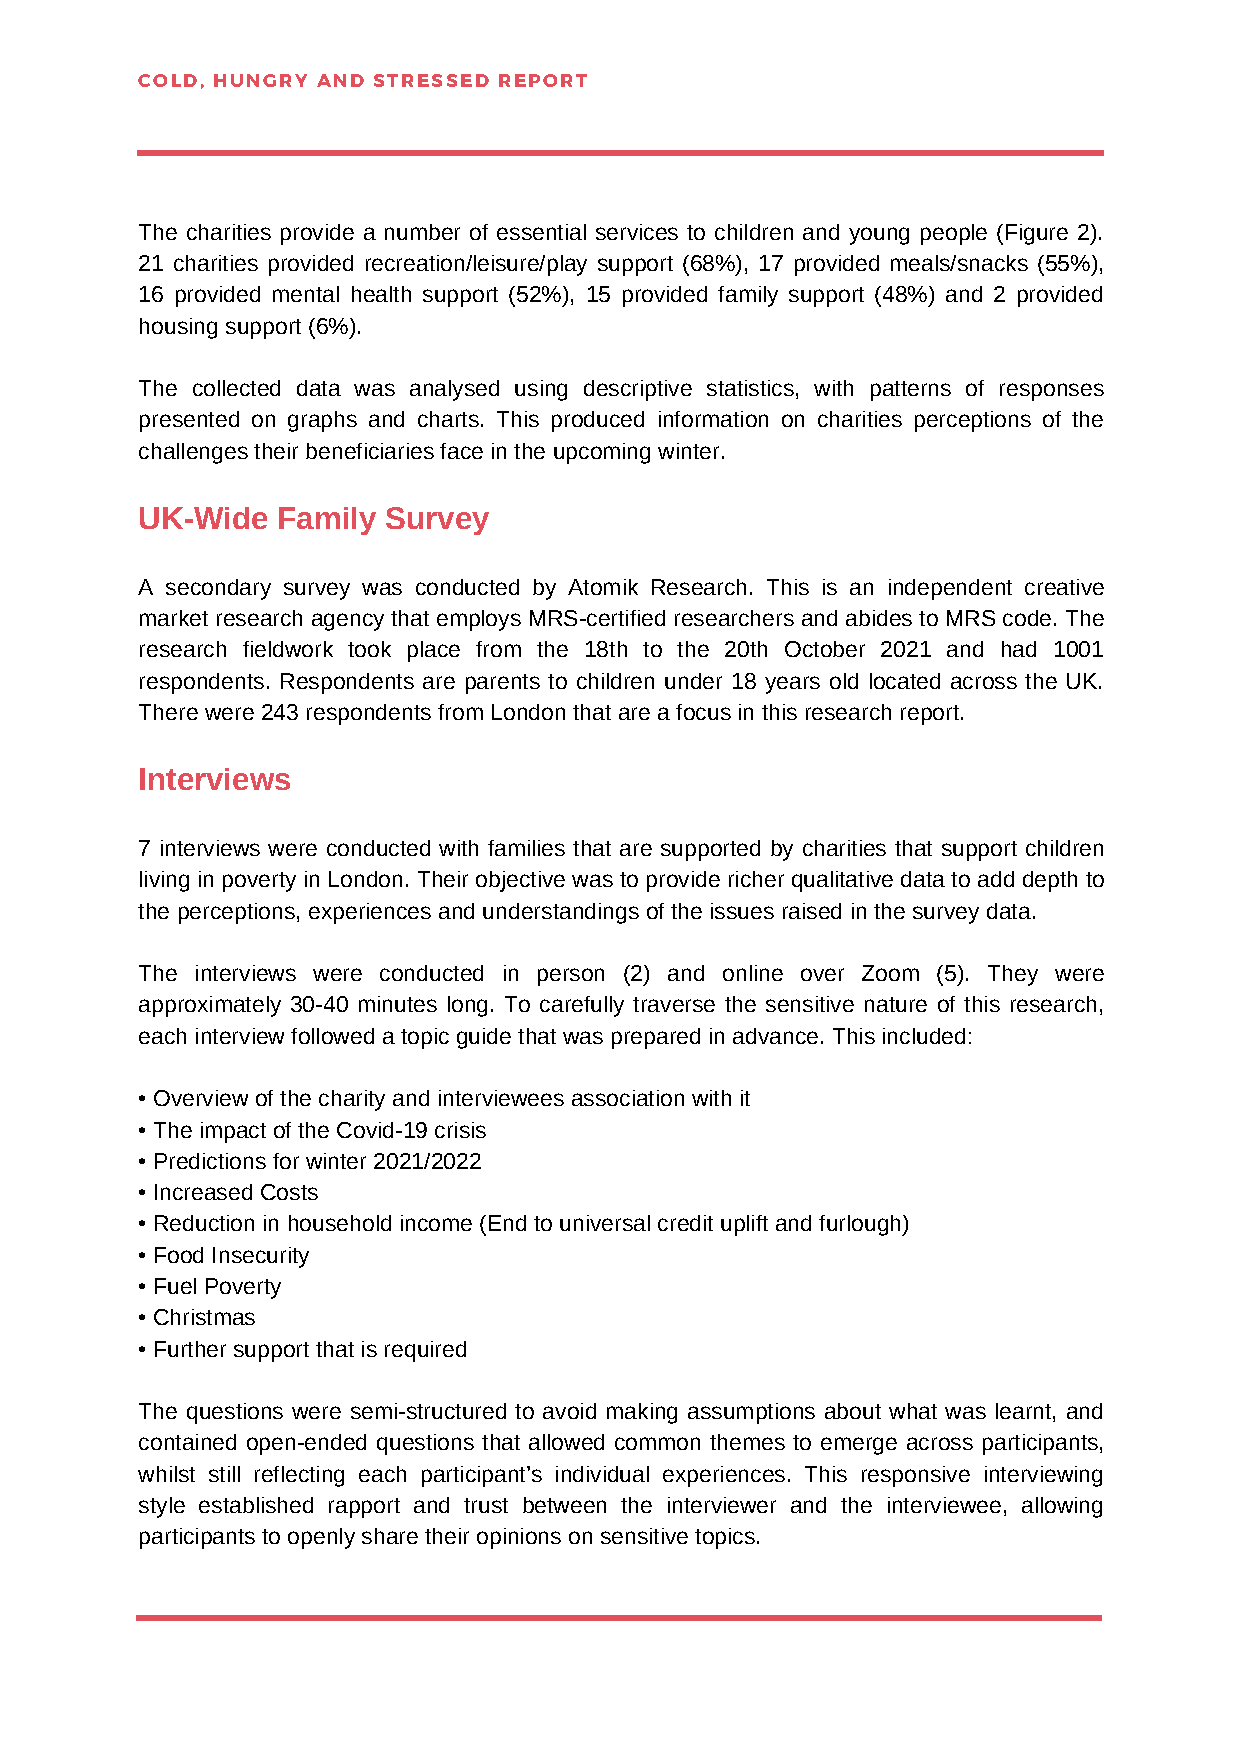
COLD, HUNGRY AND STRESSED REPORT
 The charities provide a number of essential services to children and young people (Figure 2).
 21 charities provided recreation/leisure/play support (68%), 17 provided meals/snacks (55%),
 16 provided mental health support (52%), 15 provided family support (48%) and 2 provided
 housing support (6%).
 The collected data was analysed using descriptive statistics, with patterns of responses
 presented on graphs and charts. This produced information on charities perceptions of the
 challenges their beneficiaries face in the upcoming winter.
 UK-Wide  Family Survey
 A secondary survey was conducted by Atomik Research. This is an independent creative
 market research agency that employs MRS-certified researchers and abides to MRS code. The
 research fieldwork took place from the 18th to the 20th October 2021 and had 1001
 respondents. Respondents are parents to children under 18 years old located across the UK.
 There were 243 respondents from London that are a focus in this research report.
 Interviews
 7 interviews were conducted with families that are supported by charities that support children
 living in poverty in London. Their objective was to provide richer qualitative data to add depth to
 the perceptions, experiences and understandings of the issues raised in the survey data.
 The interviews were conducted in person (2) and online over Zoom (5). They were
 approximately 30-40 minutes long. To carefully traverse the sensitive nature of this research,
 each interview followed a topic guide that was prepared in advance. This included:
 • Overview of the charity and interviewees association with it
 • The impact of the Covid-19 crisis
 • Predictions for winter 2021/2022
 • Increased Costs
 • Reduction in household income (End to universal credit uplift and furlough)
 • Food Insecurity
 • Fuel Poverty
 • Christmas
 • Further support that is required
 The questions were semi-structured to avoid making assumptions about what was learnt, and
 contained open-ended questions that allowed common themes to emerge across participants,
 whilst still reflecting each participant’s individual experiences. This responsive interviewing
 style established rapport and trust between the interviewer and the interviewee, allowing
 participants to openly share their opinions on sensitive topics.